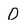
Character: 0